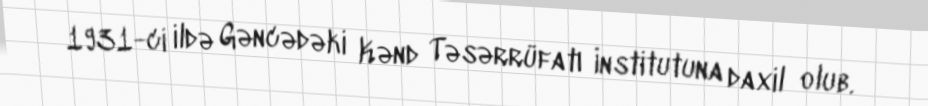
1931-ci ildə Gəncədəki Kənd Təsərrüfatı İnstitutuna daxil olub.